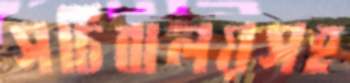
সচিবালয়সহ